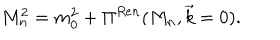
M _ { n } ^ { 2 } = m _ { 0 } ^ { 2 } + \Pi ^ { R e n } ( M _ { n } , \vec { k } = 0 ) .